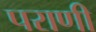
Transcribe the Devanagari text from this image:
पराणी